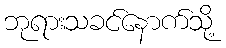
ဘုရားသခင်နောက်သို့